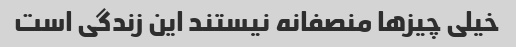
خیلی چیزها منصفانه نیستند این زندگی است